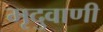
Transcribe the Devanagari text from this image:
मृदुवाणी